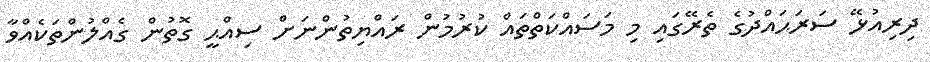
ދިރިއުޅޭ ސަރަޙައްދުގެ ތެރޭގައި މި މަސައްކަތްތައް ކުރުމުން ރައްޔިތުންނަށް ސިއްޙީ ގޮތުން ގެއްލުންތަކެއްވާ